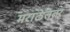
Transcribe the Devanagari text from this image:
मराठेततर